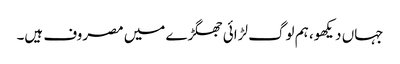
جہاں دیکھو، ہم لوگ لڑائی جھگڑے میں مصروف ہیں۔